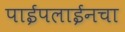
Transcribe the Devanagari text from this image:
पाईपलाईनचा